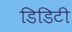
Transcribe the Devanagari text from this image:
डिडिटी